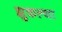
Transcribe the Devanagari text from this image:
झुकल्या